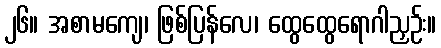
၂၆။ အစာမကျေ၊ ဖြစ်ပြန်လေ၊ ထွေထွေရောဂါညှဉ်း။